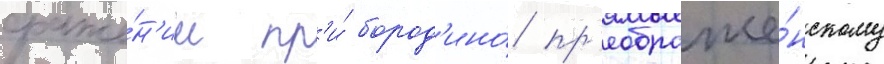
сраже́н'ии пр'и́ бород'ино́ пр'еображе́нскому